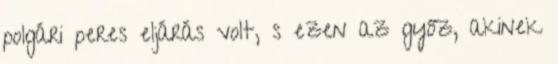
polgári peres eljárás volt, s ezen az győz, akinek